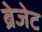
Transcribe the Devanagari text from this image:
ब्रेजेट